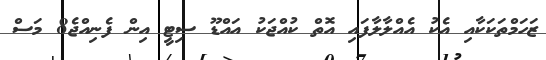
ޒަހަމްތަކަކާއި އެކު އެއްލާލާފައި އޮތް ކުއްޖަކު އައްޑޫ ސިޓީ އިން ފެނިއްޖެ8 މަސް